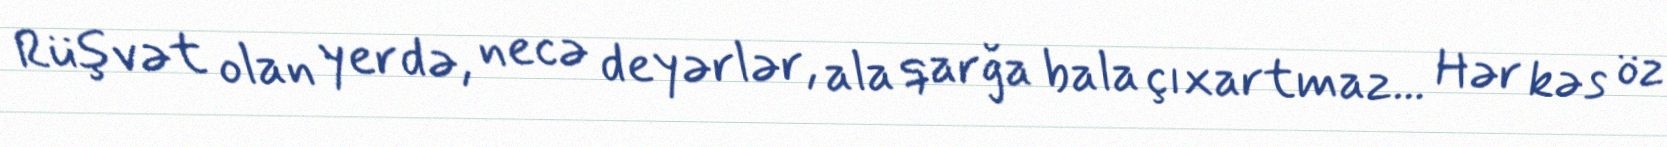
Rüşvət olan yerdə, necə deyərlər, ala qarğa bala çıxartmaz... Hər kəs öz